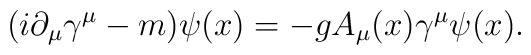
(i \partial_\mu \gamma^\mu - m) \psi(x) = - g A_\mu(x) \gamma^\mu \psi(x).